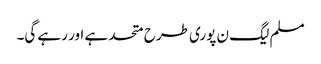
مسلم لیگ ن پوری طرح متحد ہے اور رہے گی۔